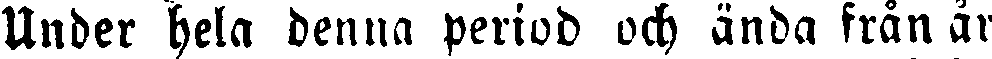
Under hela denna period och ända från år